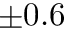
\pm 0 . 6